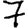
Digit: 7